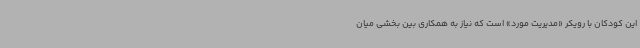
این کودکان با رویکر «مدیریت مورد» است که نیاز به همکاری بین بخشی میان